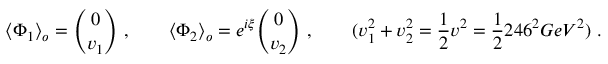
\langle \Phi _ { 1 } \rangle _ { o } = { \binom { 0 } { v _ { 1 } } } \ , \qquad \langle \Phi _ { 2 } \rangle _ { o } = e ^ { i \xi } { \binom { 0 } { v _ { 2 } } } \ , \qquad ( v _ { 1 } ^ { 2 } + v _ { 2 } ^ { 2 } = \frac { 1 } { 2 } v ^ { 2 } = \frac { 1 } { 2 } 2 4 6 ^ { 2 } G e V ^ { 2 } ) \ .